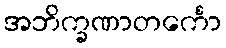
အဘိက္ခဏာတင်္ကော